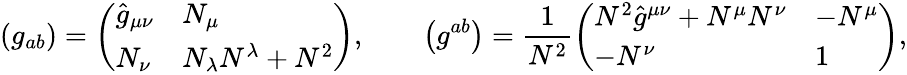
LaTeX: \left(g_{ab}\right)=\left(\begin{array}{ll}{{\hat{g}_{\mu\nu}}}&{{N_{\mu}}}\\ {{N_{\nu}}}&{{N_{\lambda}N^{\lambda}+N^{2}}}\end{array}\right),\qquad\left(g^{ab}\right)=\frac 1{N^{2}}\left(\begin{array}{ll}{{N^{2}\hat{g}^{\mu\nu}+N^{\mu}N^{\nu}}}&{{-N^{\mu}}}\\ {{-N^{\nu}}}&{{1}}\end{array}\right),